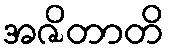
အဇိတာတိ